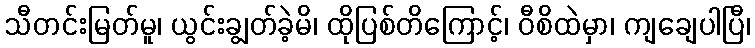
သီတင်းမြတ်မူ၊ ယွင်းချွတ်ခဲ့မိ၊ ထိုပြစ်တိကြောင့်၊ ဝီစိထဲမှာ၊ ကျချေပါပြီ၊